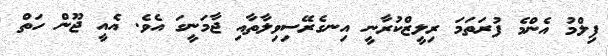
ފިލްމު އެންމެ ފުރަތަމަ ރިލީޒްކުރާނީ އިނގެރޭސިވިލާތާއި ޖާމަނީގަ އެވެ. އެއީ ޖޫން ހަތް